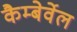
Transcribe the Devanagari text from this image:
कैम्बेर्वेल